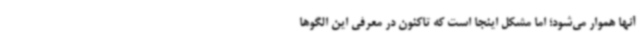
آنها هموار می‌شود؛ اما مشکل اینجا است که تاکنون در معرفی این الگوها